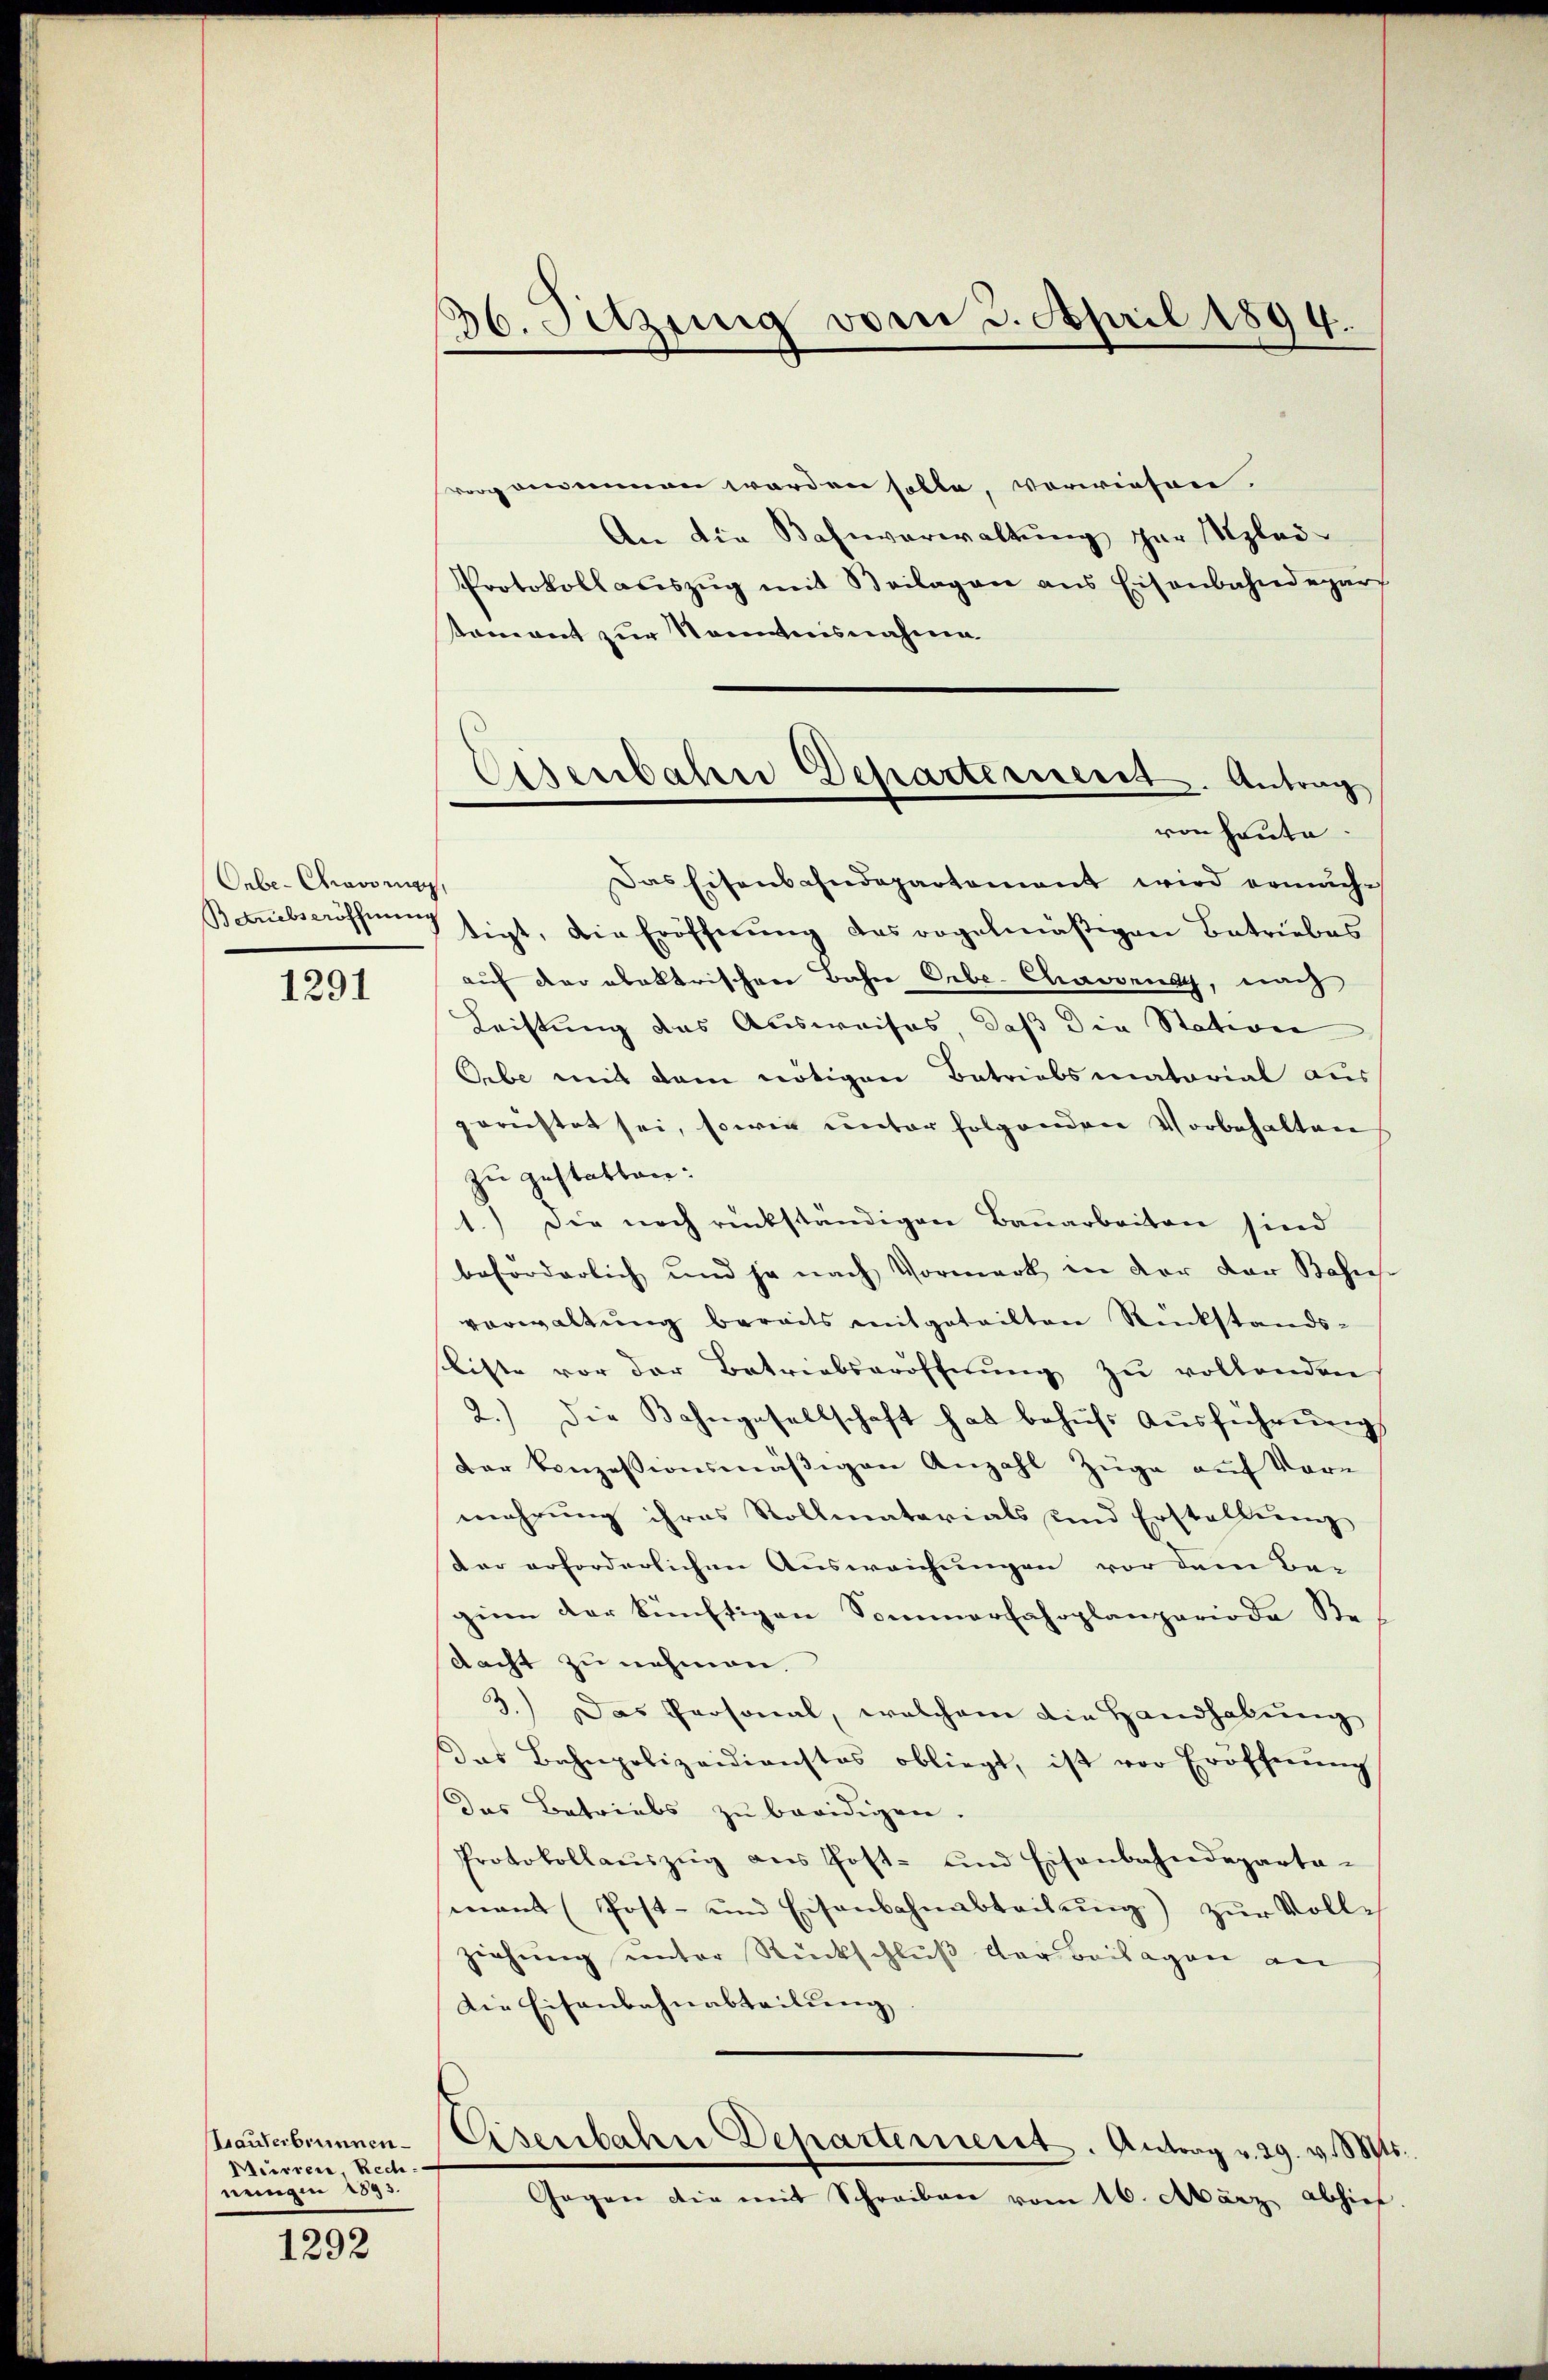
Onbe- Cravag
Barebseröffnung

1291

Trauterbrunnen.
Meirren Rechnungen 1895.

1292

36. Setzung vom 3. April 1899.

Eisenbalen Departement. Antrag
von heute.

vorgenommen worden solle, verwiesen.
An die Bahnverwaltung zur glei¬
Protokoll auszug mit Beilagen aus Eisenbahndepar
stament zur Nominisnahme
Das Eisenbahndepartement wird ermächtigt, die Eröffnung des vogelmäßigen Betriebes
auf der obaktrischen Bahn Erbe Chassend, nach
Leistung das Ausweises, daß die Station
Oebe mit dem nötigen Betriebsmatorial aus
gerichtet sei, sowie unter folgenden Vorbehalten
zu gestatten:
1.) Die noch rückständigen Bauarbeiten sind
beforderlich und ja nach Vormerk in der der Bahne
vorwaltung bereits mitgeteilten Rükstandssliste vor der Betriebseröffnŭng zu vollenden
2.) Die Bahngesellschaft hat behŭfs Aŭsführŭng
Der konzessionsmässigen Anzahl Züge auf Vorn
mehrung ihres Rollmatorials und Erstellung
der erforderlichen Ausweichungen vor dem Bei
gine der künftigen Sommerfahrplanperioda S.
Nacht zu nehmen.
3.) Das Personal, welchem die Handhabung
Das Bahnpolizeidienstos obliegt, ist vor Eröffnŭng
Das Betriebs zu beeidigen.
Protokollaŭszŭg ans Post- und Eisenbahndeparta-
mant (Post- und Eisenbahnabteilŭng zŭr Volle
ziehung unter Rückschluß der Beilagen an
Die Eisenbahnabteilung
Eisenbahne Departement. Antrag v. 29. v. 88
Gegen die mit Schreiben vom 16. März abhief